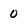
Character: 0